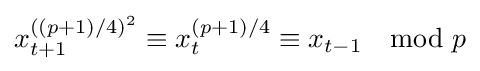
x_{t+1}^{((p+1)/4)^{2}}\equiv x_{t}^{(p+1)/4}\equiv x_{t-1}\mod {p}